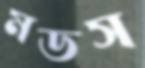
মডস